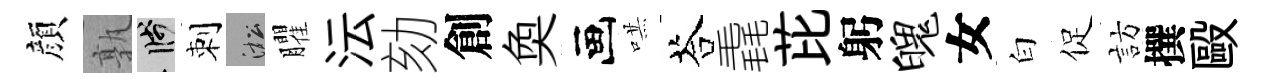
顔孰箋刺淞臞沄劾創奐画哄荅毳芘躬魄女白促訪撰毆